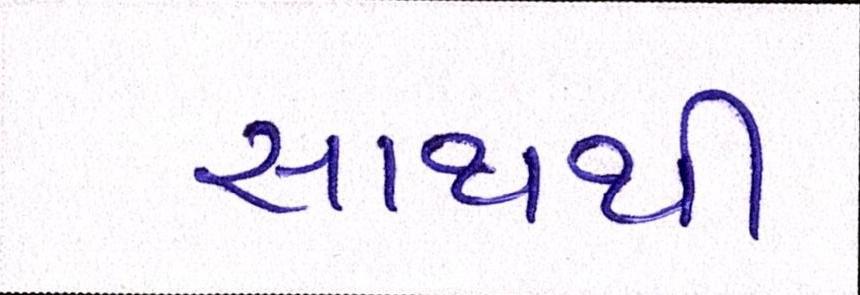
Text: સાથથી